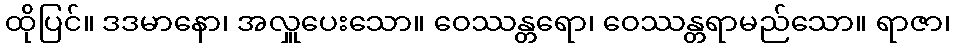
ထိုပြင်။ ဒဒမာနော၊ အလှူပေးသော။ ဝေဿန္တရော၊ ဝေဿန္တရာမည်သော။ ရာဇာ၊